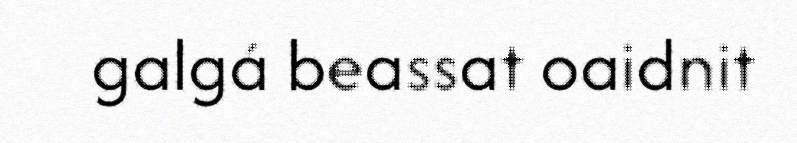
galgá beassat oaidnit